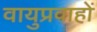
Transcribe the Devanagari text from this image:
वायुप्रवाहों